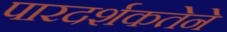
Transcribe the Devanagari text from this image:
पारदर्शकतेने